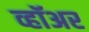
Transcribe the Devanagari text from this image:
व्हॉअर